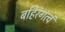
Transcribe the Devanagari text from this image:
बहिरंगत्वं